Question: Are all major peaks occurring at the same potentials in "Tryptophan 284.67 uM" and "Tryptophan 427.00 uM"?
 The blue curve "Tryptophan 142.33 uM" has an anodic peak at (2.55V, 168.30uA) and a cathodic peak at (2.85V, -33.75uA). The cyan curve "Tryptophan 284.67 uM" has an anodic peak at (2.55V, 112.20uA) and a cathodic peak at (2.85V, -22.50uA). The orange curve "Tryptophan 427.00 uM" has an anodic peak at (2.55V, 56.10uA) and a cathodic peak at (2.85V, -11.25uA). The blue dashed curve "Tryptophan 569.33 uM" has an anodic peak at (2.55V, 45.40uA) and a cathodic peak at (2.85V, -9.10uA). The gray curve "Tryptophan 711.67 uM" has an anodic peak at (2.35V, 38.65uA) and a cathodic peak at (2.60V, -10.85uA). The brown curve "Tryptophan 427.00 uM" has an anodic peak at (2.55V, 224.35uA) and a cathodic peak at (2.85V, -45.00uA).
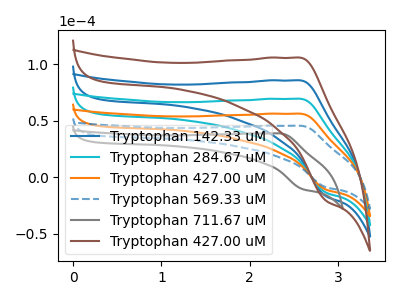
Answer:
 <answer>Yes, "Tryptophan 284.67 uM" have a peak in "Tryptophan 427.00 uM" at the same potential.</answer>
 <eval>match</eval>